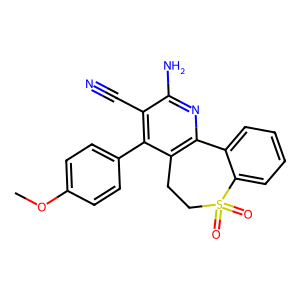
SMILES: COc1ccc(-c2c(C#N)c(N)nc3c2CCS(=O)(=O)c2ccccc2-3)cc1
Inhibits HIV replication: No